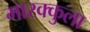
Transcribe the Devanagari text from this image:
मारक्कुला